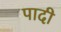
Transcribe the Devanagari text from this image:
पादी